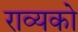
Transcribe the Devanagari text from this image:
राव्यको